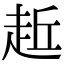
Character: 𧻁